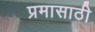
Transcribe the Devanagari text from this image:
प्रमासाठी